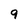
Character: 9